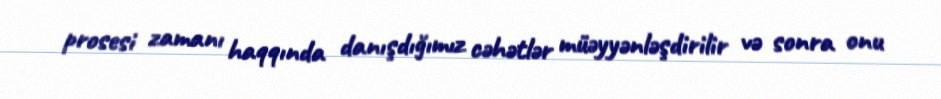
prosesi zamanı haqqında danışdığımız cəhətlər müəyyənləşdirilir və sonra onu